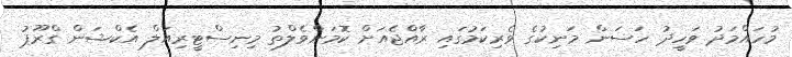
މުހައްމަދު ވަހީދު ހަސަން މަނިކުގެ ވެރިކަމުގައި ރާއްޖެއަށް ކޮމަންވެލްތު މިނިސްޓީރިއަލް އެކްޝަން ގްރޫޕު